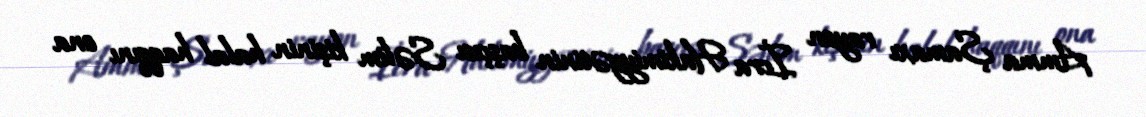
Amma Şamaxı rayon İcra Hakimiyyətinin başçısı Səlim kişinin halal haqqını ona